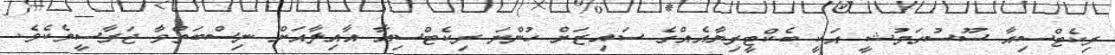
ރިކެޓްސިއާ ސޫސުގަމުޝީ އަކީ ބެކްޓީރިޔާއެއްގެ ސައިޒަށް ހުންނަ ރިކެޓްސިއާ އާއިލާއަށް ނިސްބަތްވާ ޖަރާސީމެކެވެ.